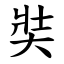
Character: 奘